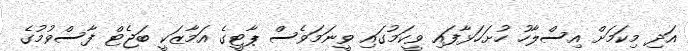
އަދި މިކަމަށް އިސްލާހު ހުށަހަޅާފައި ވީކަމުގައި ވީނަމަވެސް ޕާޓީގެ އަމާޒަކީ ބަޖެޓް ފާސްވުމުގެ